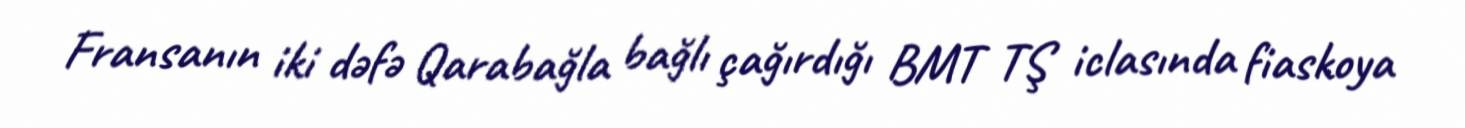
Fransanın iki dəfə Qarabağla bağlı çağırdığı BMT TŞ iclasında fiaskoya